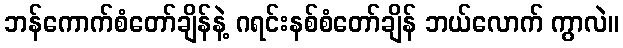
ဘန်ကောက်စံတော်ချိန်နဲ့ ဂရင်းနစ်စံတော်ချိန် ဘယ်လောက် ကွာလဲ။